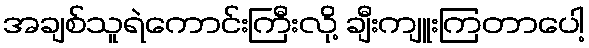
အချစ်သူရဲကောင်းကြီးလို့ ချီးကျူးကြတာပေါ့